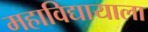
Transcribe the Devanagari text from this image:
महाविद्यायाला